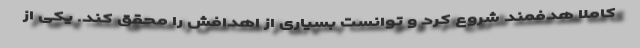
کاملا هدفمند شروع کرد و توانست بسیاری از اهدافش را محقق کند. یکی از